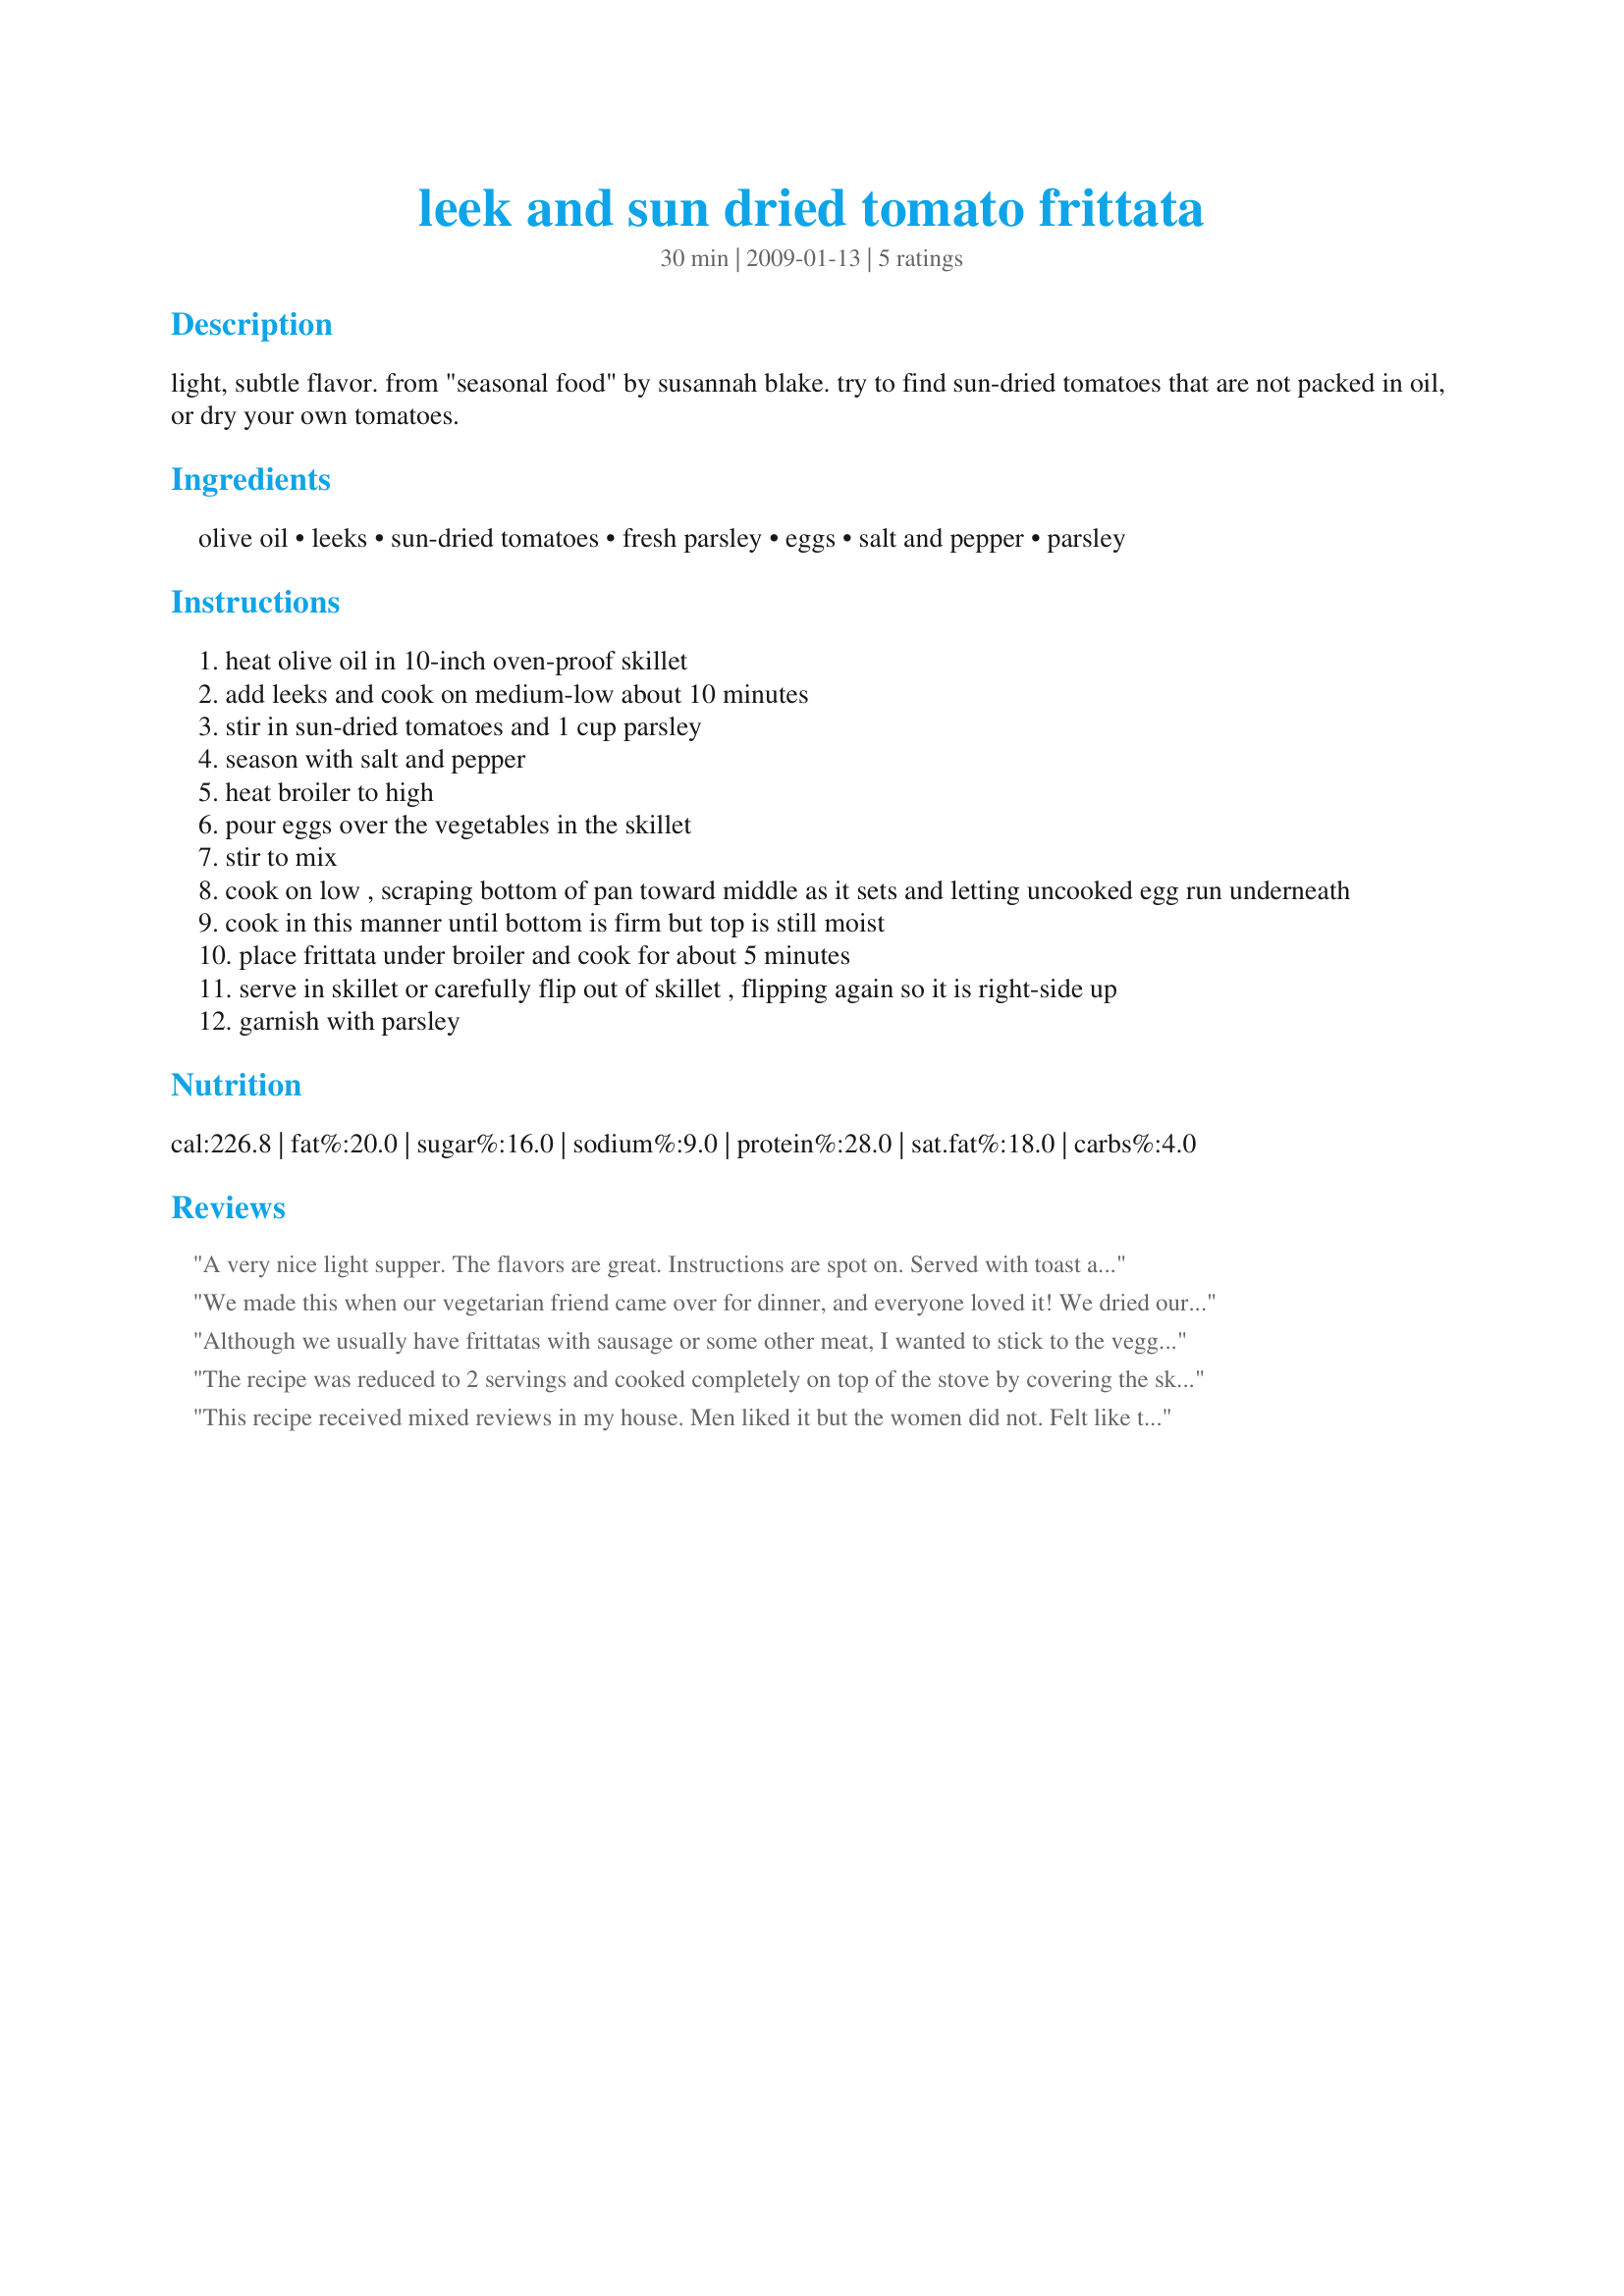
leek and sun dried tomato frittata
Preparation time: 30 minutes

light, subtle flavor. from "seasonal food" by susannah blake. try to find sun-dried tomatoes that are not packed in oil, or dry your own tomatoes.

Ingredients:
olive oil, leeks, sun-dried tomatoes, fresh parsley, eggs, salt and pepper, parsley

Steps:
heat olive oil in 10-inch oven-proof skillet
add leeks and cook on medium-low about 10 minutes
stir in sun-dried tomatoes and 1 cup parsley
season with salt and pepper
heat broiler to high
pour eggs over the vegetables in the skillet
stir to mix
cook on low , scraping bottom of pan toward middle as it sets and letting uncooked egg run underneath
cook in this manner until bottom is firm but top is still moist
place frittata under broiler and cook for about 5 minutes
serve in skillet or carefully flip out of skillet , flipping again so it is right-side up
garnish with parsley

Reviews:
A very nice light supper. The flavors are great. Instructions are spot on. Served with toast and steamed asparagus. Made for Spring 2011 PAC game.
We made this when our vegetarian friend came over for dinner, and everyone loved it! We dried our own tomatoes in the oven...this was nice and light, and the flavors went together really well! I LOVE the leeks in this! Will make this again.
Although we usually have frittatas with sausage or some other meat, I wanted to stick to the veggie bit here & it turned out really well! Very easy to prepare & easy enough to serve as long as I served it right out of the skillet ~ Don't ask, but do be prepared with patience & the right size tool! Served it with slices of toasted, dense wheat bread! [Tagged, made & reviewed for one of my adoptees at the tail end of this Spring's PAC]
The recipe was reduced to 2 servings and cooked completely on top of the stove by covering the skillet, allowing the eggs to set and then flipping into a plate and gently sliding it back into the skillet to cook/brown the other side. This was served with sourdough biscuits and sliced bacon for a nice brunch treat. Made for *PAC Spring 2009*
This recipe received mixed reviews in my house. Men liked it but the women did not. Felt like there was something missing from this recipe.
